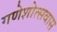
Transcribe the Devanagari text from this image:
गणेशोत्सवास